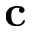
\mathbf { c }